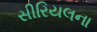
સીરિયલના